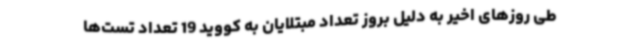
طی روزهای اخیر به دلیل بروز تعداد مبتلایان به کووید 19 تعداد تست‌ها